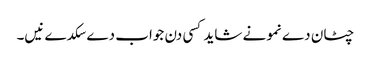
چٹان دے نمونے شاید کسی دن جواب دے سکدے نیں۔